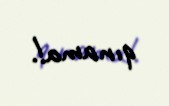
qınama!.